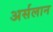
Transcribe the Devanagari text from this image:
अर्सलान